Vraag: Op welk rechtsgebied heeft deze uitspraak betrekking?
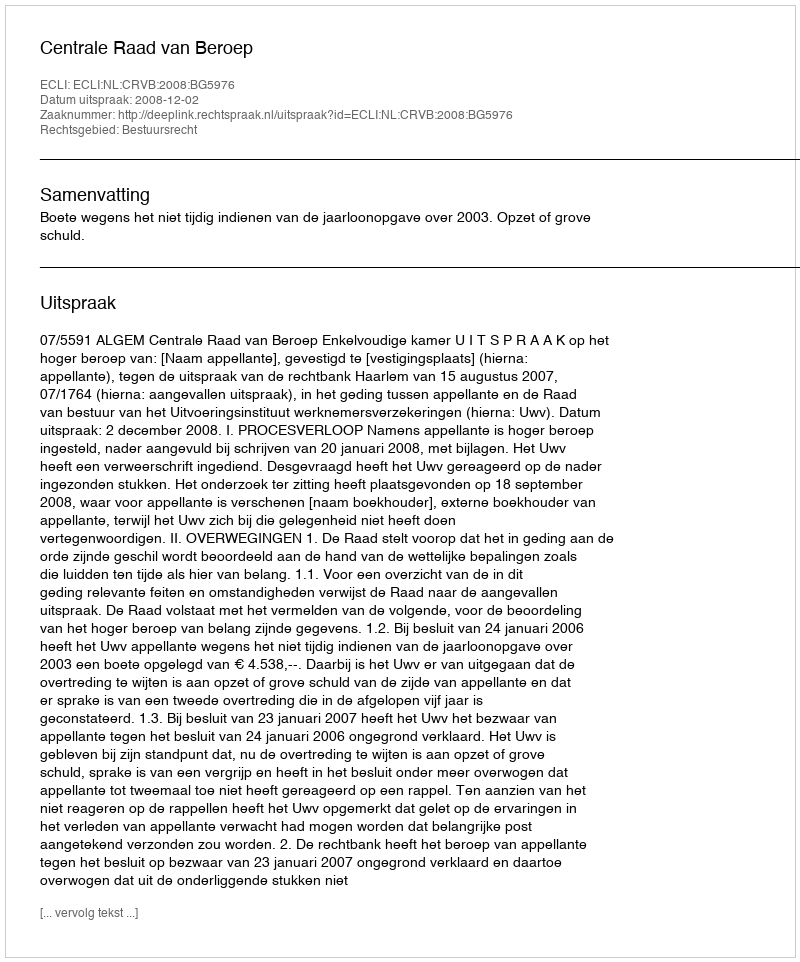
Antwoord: Bestuursrecht